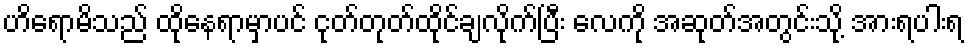
ဟိရောမိသည် ထိုနေရာမှာပင် ငုတ်တုတ်ထိုင်ချလိုက်ပြီး လေကို အဆုတ်အတွင်းသို့ အားရပါးရ